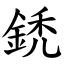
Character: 鋵